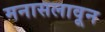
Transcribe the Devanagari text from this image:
मनासलावून